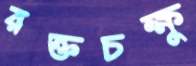
রক্তচক্ষু